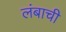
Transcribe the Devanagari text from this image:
लंबाची